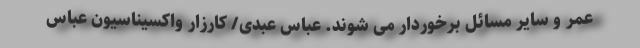
عمر و سایر مسائل برخوردار می شوند. عباس عبدی/ کارزار واکسیناسیون عباس